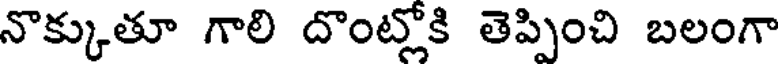
నొక్కుతూ గాలి దొంట్లోకి తెప్పించి బలంగా